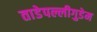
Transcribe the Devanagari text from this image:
ताडेपल्लीगुडेम